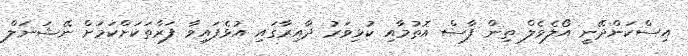
އިސްކަންދޭނީ އޯލެވެލް ތިން ފާސް އޮތުމާއި ކުޅިވަރު ދާއިރާގައި އުޅެފައިވާ ފަރާތަކަށްކަމަށް ނޭޝަނަލް